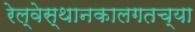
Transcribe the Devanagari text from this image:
रेल्वेस्थानकालगतच्या